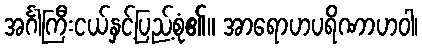
အင်္ဂါကြီးငယ်နှင့်ပြည့်စုံ၏။ အာရောဟပရိဏာဟဝါ၊